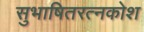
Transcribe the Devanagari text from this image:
सुभाषितरत्नकोश